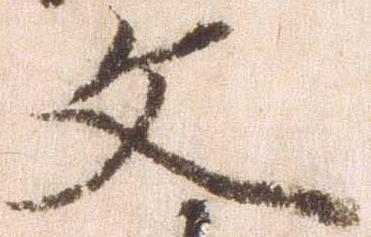
文